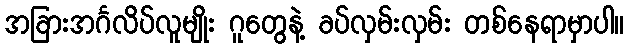
အခြားအင်္ဂလိပ်လူမျိုး ဂူတွေနဲ့ ခပ်လှမ်းလှမ်း တစ်နေရာမှာပါ။